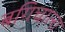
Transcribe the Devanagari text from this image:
बगिचाला